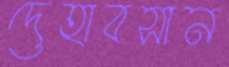
দেহাবসান